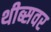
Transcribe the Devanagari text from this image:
थीब्सवर